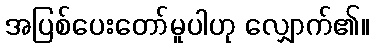
အပြစ်ပေးတော်မူပါဟု လျှောက်၏။